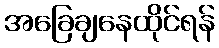
အခြေချနေထိုင်ရန်